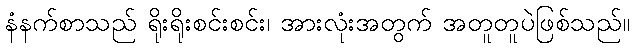
နံနက်စာသည် ရိုးရိုးစင်းစင်း၊ အားလုံးအတွက် အတူတူပဲဖြစ်သည်။